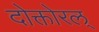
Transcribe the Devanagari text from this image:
दोक्तोरल्